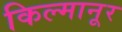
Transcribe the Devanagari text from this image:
किल्मानूर